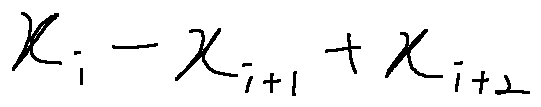
x _ { i } - x _ { i + 1 } + x _ { i + 2 }